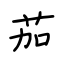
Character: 茄